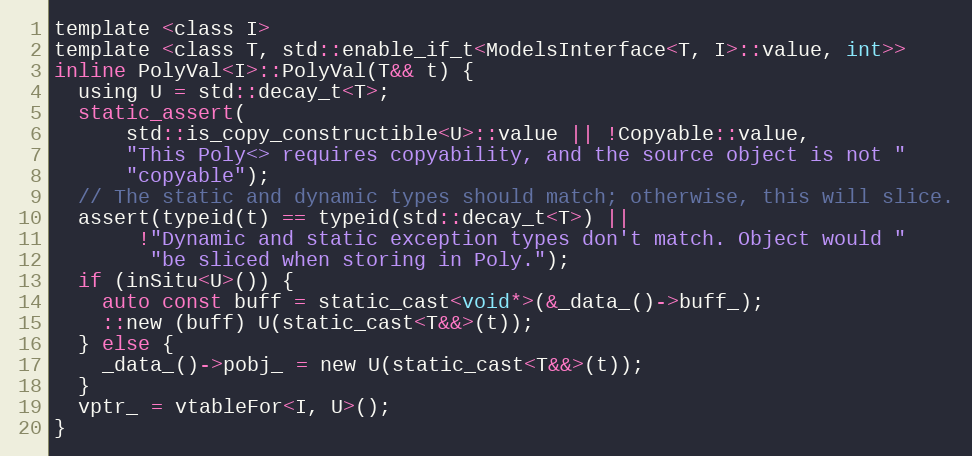
Language: C
template <class I>
template <class T, std::enable_if_t<ModelsInterface<T, I>::value, int>>
inline PolyVal<I>::PolyVal(T&& t) {
  using U = std::decay_t<T>;
  static_assert(
      std::is_copy_constructible<U>::value || !Copyable::value,
      "This Poly<> requires copyability, and the source object is not "
      "copyable");
  // The static and dynamic types should match; otherwise, this will slice.
  assert(typeid(t) == typeid(std::decay_t<T>) ||
       !"Dynamic and static exception types don't match. Object would "
        "be sliced when storing in Poly.");
  if (inSitu<U>()) {
    auto const buff = static_cast<void*>(&_data_()->buff_);
    ::new (buff) U(static_cast<T&&>(t));
  } else {
    _data_()->pobj_ = new U(static_cast<T&&>(t));
  }
  vptr_ = vtableFor<I, U>();
}